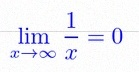
\lim_{x\to\infty}\frac{1}{x}=0